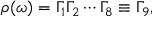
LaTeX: \rho ( \omega ) = \Gamma _ { 1 } \Gamma _ { 2 } \cdots \Gamma _ { 8 } \equiv \Gamma _ { 9 } ,